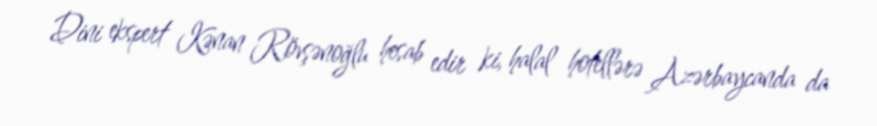
Dini ekspert Kənan Rövşənoğlu hesab edir ki, halal hotellərə Azərbaycanda da